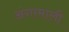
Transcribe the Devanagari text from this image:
अंगामाली